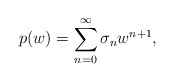
\begin{align*}p(w) = \sum_{n=0}^{\infty} \sigma_n w^{n+1} ,\end{align*}